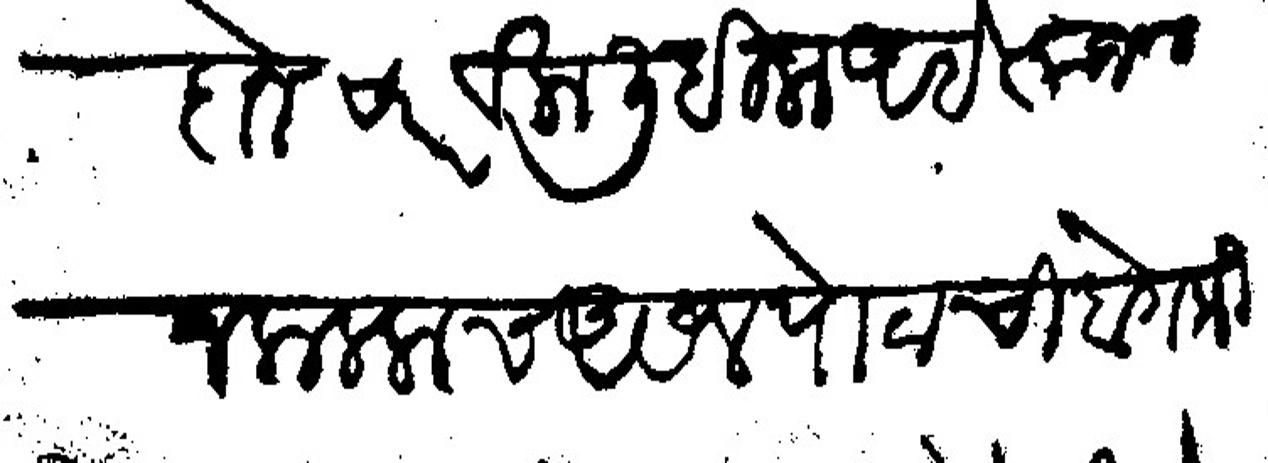
Transliteration (Devanagari): दोन च्यार वेला लिहिला आहे त्याजवरून कललाच असेल पोटाची बेगमी